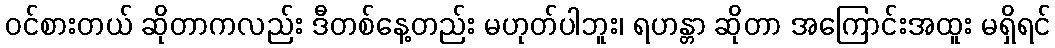
ဝင်စားတယ် ဆိုတာကလည်း ဒီတစ်နေ့တည်း မဟုတ်ပါဘူး၊ ရဟန္တာ ဆိုတာ အကြောင်းအထူး မရှိရင်